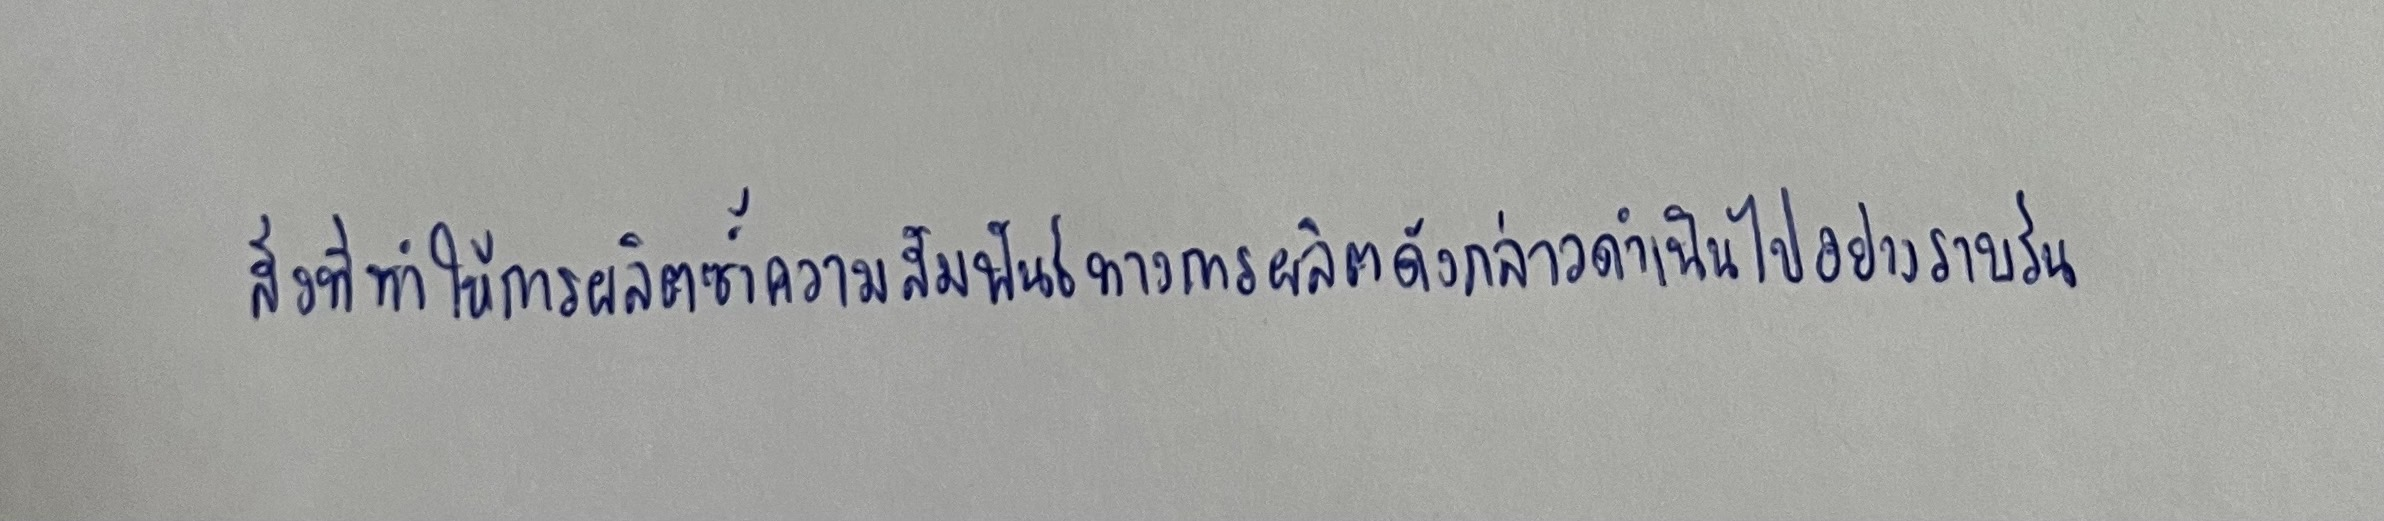
สิ่งที่ทำให้การผลิตซ้ำความสัมพันธ์ทางการผลิตดังกล่าวดำเนินไปอย่างราบรื่น